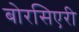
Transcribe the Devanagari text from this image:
बोरसिएरी